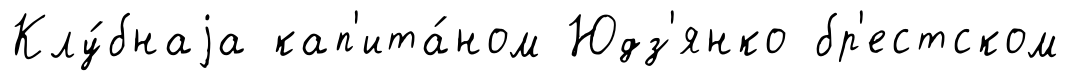
Клу́бнаjа кап'ита́ном Юдз'янко бр'естском